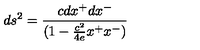
d s ^ { 2 } = { \frac { c d x ^ { + } d x ^ { - } } { ( 1 - { \frac { c ^ { 2 } } { 4 e } } x ^ { + } x ^ { - } ) } }